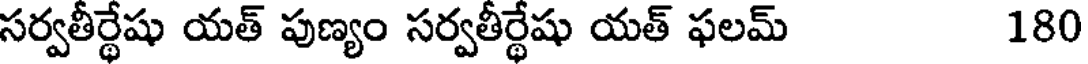
సర్వతీర్థేషు యత్ పుణ్యం సర్వతీర్థేషు యత్ ఫలమ్ 180